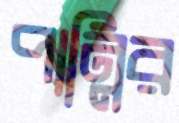
পান্নির